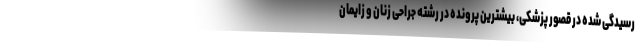
رسیدگی شده در قصور پزشکی، بیشترین پرونده در رشته جراحی زنان و زایمان